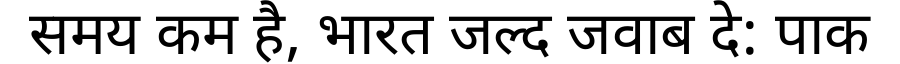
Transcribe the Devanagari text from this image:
समय कम है, भारत जल्द जवाब दे: पाक